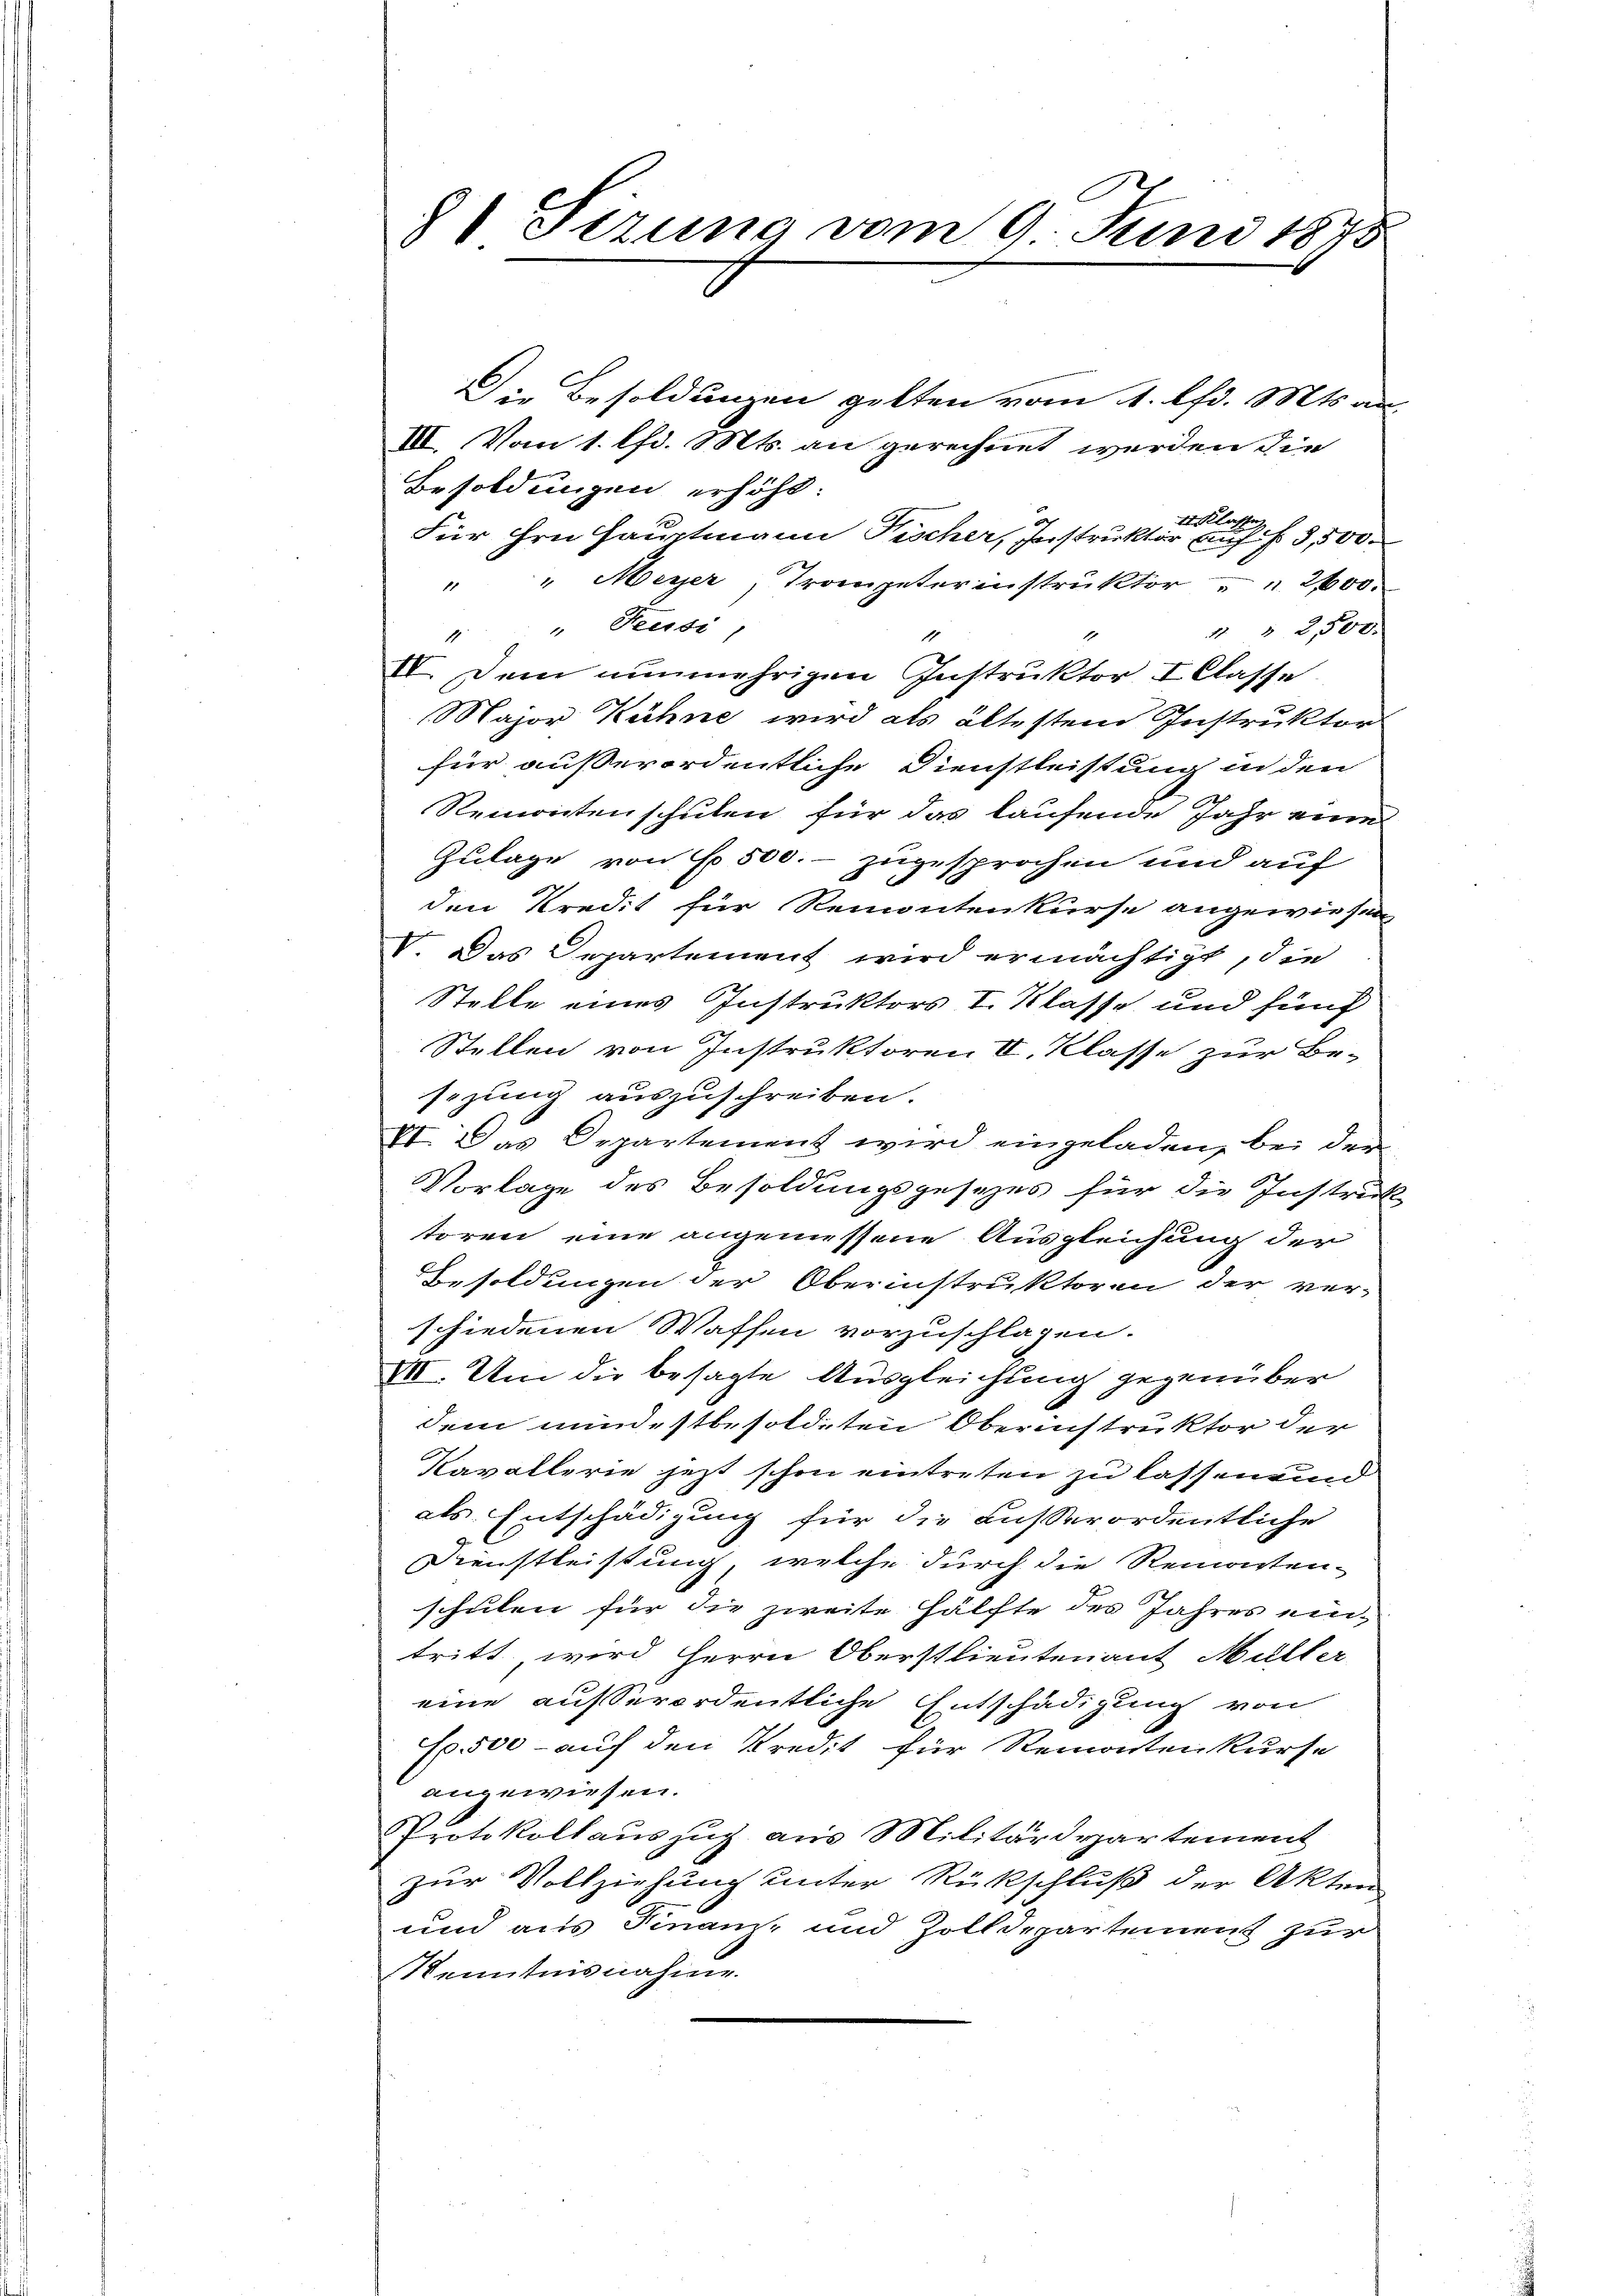
Die Besoldungen gelten vom 1. lfd. Mts. an,
III. Vom 1. lfd. Mts. an gerechnet werden die
Besoldungen erhöht.
4r Klasse
Für Hrn. Hauptmann Fischer, Instruktor auff 3,500.
" " Meyer, Trompeterinstrŭktor " " 2400.
" Feusi
1 " 2,500.
1
1
1
III. Dem nunmehrigen Instruktor I Classe.
Major Kühne wird als ältesten Instruktor
für außerordentliche Dienstleistung in den
Remontenschulen für das laufende Jahr eine
Zulage von No 500.- zugesprochen und auf
den Kredit für Remontenkurse angewiesen
V. Das Departement wird ermächtigt, die
Stelle eines Instruktors I. Klasse und fünf
Stellen von Instruktoren II. Klasse zur Be-
sizung auszuschreiben.
VI. Das Departement wird eingeladen, bei der
Vorlage des Besoldungsgesezes für die Instruk
toren eine angemessene Ausgleichung der
Besoldungen der Oberinstruktoren der ver-
schiedenen Waffen vorzuschlagen.
VII. Um die besagte Ausgleichung gegenüber
dem mindestbesoldeten Oberinstruktor der
Kavallerie jetzt schon eintreten zu lassen und
als Entschädigung für die außerordentliche
Dienstleistung, welche durch die Remorten-
schulen für die zweite Hälfte des Jahres eintritt, wird Herrn Oberstlieutenant Müller
eine außerordentliche Entschädigung von
E. 500 - auf den Kredit für Remonten kurse
angewiesen.
PProtokollauszug aus Militärdepartement
zur Vollziehung unter Rückschluß der Akten
und aus Finanz- und Zolldepartement zur
Kenntnisnahme

8 etzung vom 9. Juni 1875